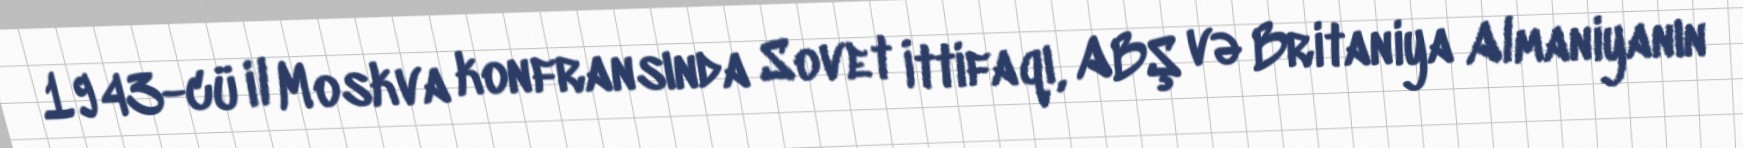
1943-cü il Moskva konfransında Sovet İttifaqı, ABŞ və Britaniya Almaniyanın